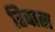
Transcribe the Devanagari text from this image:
रिवास